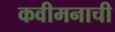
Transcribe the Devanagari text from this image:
कवीमनाची